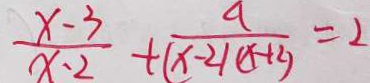
\frac { x - 3 } { x - 2 } + \frac { a } { ( x - 2 ) ( x + 2 ) } = 2